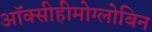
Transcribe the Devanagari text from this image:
ऑक्सीहीमोग्लोबिन